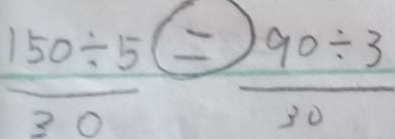
\frac { 1 5 0 \div 5 } { 3 0 } \textcircled { = } \frac { 9 0 \div 3 } { 3 0 }